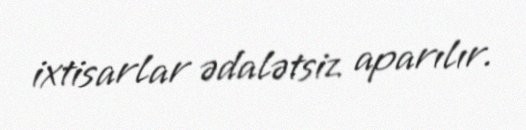
ixtisarlar ədalətsiz aparılır.